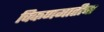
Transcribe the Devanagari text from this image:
चिकणमातीचा